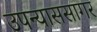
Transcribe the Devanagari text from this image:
उपन्याससागर